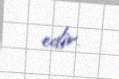
edir.